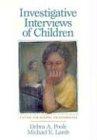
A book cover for Investigative Interviews of Children: A Guide for Helping Professionals; Debra A. Poole; Medical Books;